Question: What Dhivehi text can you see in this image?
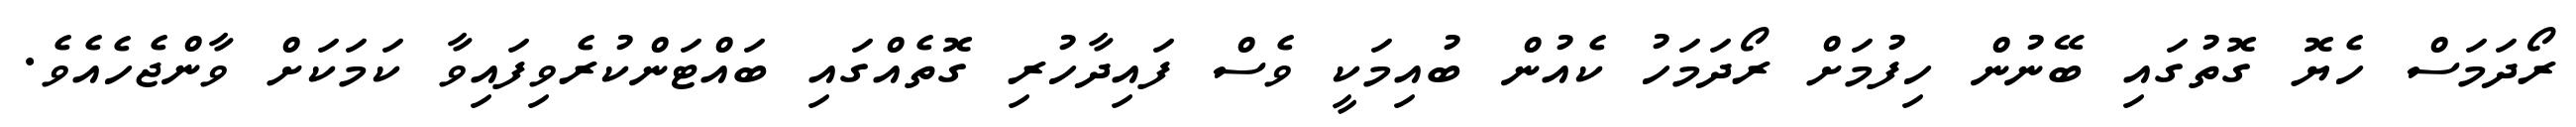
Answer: ރޯދަމަސް ހެޔޮ ގޮތުގައި ބޭނުން ހިފުމަށް ރޯދަމަހު ކެއުން ބުއިމަކީ ވެސް ފައިދާހުރި ގޮތެއްގައި ބައްޓަންކުރެވިފައިވާ ކަމަކަށް ވާންޖެހެއެވެ.